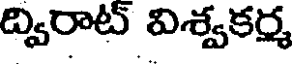
ద్విరాట్ విశ్వకర్మ